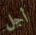
أجل